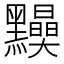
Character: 𪒾